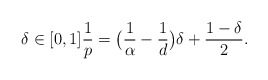
\begin{align*}\delta\in [0,1] \frac{1}{p}=\big(\frac{1}{\alpha}-\frac{1}{d}\big)\delta + \frac{1-\delta}{2} .\end{align*}